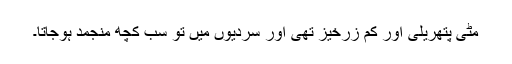
مٹی پتھریلی اور کم زرخیز تھی اور سردیوں میں تو سب کچھ منجمد ہوجاتا۔